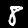
Label: 8